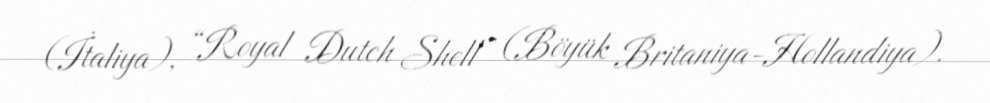
(İtaliya), “Royal Dutch Shell” (Böyük Britaniya-Hollandiya).